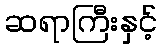
ဆရာကြီးနှင့်